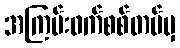
အကြမ်းဖက်စစ်တပ်မှ